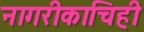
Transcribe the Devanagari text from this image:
नागरीकाचिही